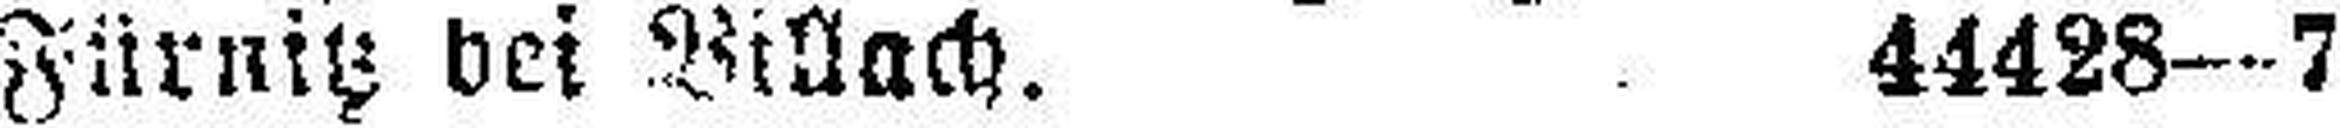
Fürnitz bei Villach. 44428—7